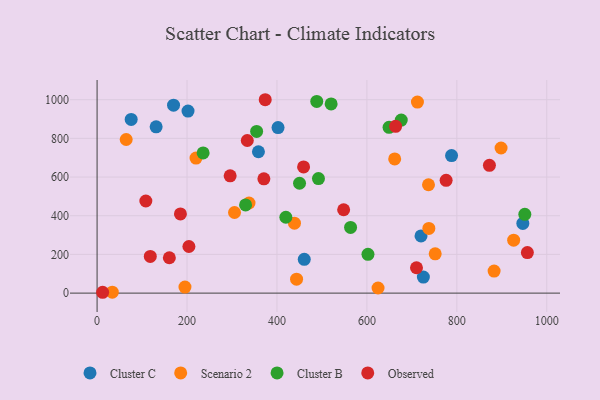
{"axis": {"x": "Speed", "y": "Yield"}, "legend": ["Cluster B", "Cluster C", "Observed", "Scenario 2"], "data": [{"x": "946.8", "y": 360.4, "type": "Cluster C"}, {"x": "202.2", "y": 941.0, "type": "Cluster C"}, {"x": "460.7", "y": 174.6, "type": "Cluster C"}, {"x": "720.4", "y": 295.8, "type": "Cluster C"}, {"x": "131.3", "y": 859.5, "type": "Cluster C"}, {"x": "788.3", "y": 711.0, "type": "Cluster C"}, {"x": "170.0", "y": 971.5, "type": "Cluster C"}, {"x": "358.8", "y": 730.8, "type": "Cluster C"}, {"x": "75.8", "y": 897.8, "type": "Cluster C"}, {"x": "725.6", "y": 83.1, "type": "Cluster C"}, {"x": "402.4", "y": 855.8, "type": "Cluster C"}, {"x": "443.6", "y": 72.1, "type": "Scenario 2"}, {"x": "624.8", "y": 26.3, "type": "Scenario 2"}, {"x": "712.4", "y": 987.5, "type": "Scenario 2"}, {"x": "737.8", "y": 334.5, "type": "Scenario 2"}, {"x": "661.8", "y": 693.5, "type": "Scenario 2"}, {"x": "305.6", "y": 416.7, "type": "Scenario 2"}, {"x": "220.0", "y": 697.9, "type": "Scenario 2"}, {"x": "33.8", "y": 5.0, "type": "Scenario 2"}, {"x": "438.9", "y": 361.3, "type": "Scenario 2"}, {"x": "926.4", "y": 273.5, "type": "Scenario 2"}, {"x": "882.9", "y": 113.9, "type": "Scenario 2"}, {"x": "195.4", "y": 31.0, "type": "Scenario 2"}, {"x": "337.9", "y": 465.9, "type": "Scenario 2"}, {"x": "737.0", "y": 560.2, "type": "Scenario 2"}, {"x": "898.4", "y": 750.3, "type": "Scenario 2"}, {"x": "751.9", "y": 203.3, "type": "Scenario 2"}, {"x": "64.7", "y": 794.2, "type": "Scenario 2"}, {"x": "602.4", "y": 200.5, "type": "Cluster B"}, {"x": "235.8", "y": 724.6, "type": "Cluster B"}, {"x": "951.2", "y": 407.3, "type": "Cluster B"}, {"x": "492.3", "y": 592.1, "type": "Cluster B"}, {"x": "488.5", "y": 991.1, "type": "Cluster B"}, {"x": "649.3", "y": 857.3, "type": "Cluster B"}, {"x": "419.8", "y": 392.2, "type": "Cluster B"}, {"x": "450.2", "y": 567.9, "type": "Cluster B"}, {"x": "330.2", "y": 456.0, "type": "Cluster B"}, {"x": "563.7", "y": 339.8, "type": "Cluster B"}, {"x": "354.8", "y": 835.9, "type": "Cluster B"}, {"x": "676.4", "y": 894.8, "type": "Cluster B"}, {"x": "520.5", "y": 978.2, "type": "Cluster B"}, {"x": "872.5", "y": 660.6, "type": "Observed"}, {"x": "108.4", "y": 476.1, "type": "Observed"}, {"x": "373.9", "y": 999.8, "type": "Observed"}, {"x": "776.2", "y": 583.1, "type": "Observed"}, {"x": "12.3", "y": 4.3, "type": "Observed"}, {"x": "118.3", "y": 189.9, "type": "Observed"}, {"x": "710.3", "y": 131.1, "type": "Observed"}, {"x": "334.0", "y": 788.9, "type": "Observed"}, {"x": "548.3", "y": 431.0, "type": "Observed"}, {"x": "204.2", "y": 241.0, "type": "Observed"}, {"x": "295.9", "y": 606.2, "type": "Observed"}, {"x": "370.9", "y": 590.9, "type": "Observed"}, {"x": "956.9", "y": 209.7, "type": "Observed"}, {"x": "663.9", "y": 862.1, "type": "Observed"}, {"x": "160.7", "y": 182.9, "type": "Observed"}, {"x": "459.2", "y": 652.5, "type": "Observed"}, {"x": "185.3", "y": 409.4, "type": "Observed"}]}